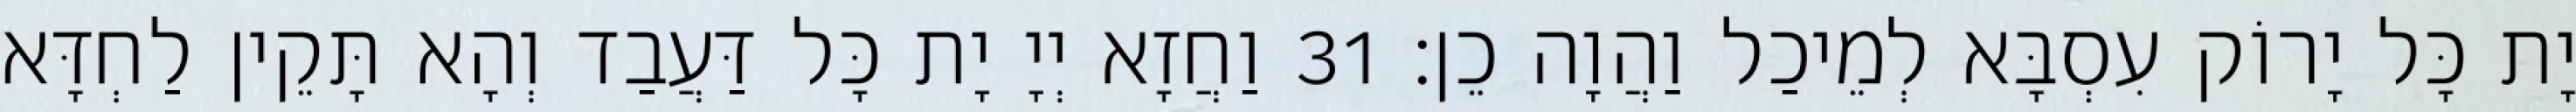
יָת כָּל יָרוֹק עִסְבָּא לְמֵיכַל וַהֲוָה כֵן׃ 31 וַחֲזָא יְיָ יָת כָּל דַּעֲבַד וְהָא תָּקֵין לַחְדָּא